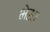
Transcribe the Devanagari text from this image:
भेस।